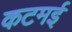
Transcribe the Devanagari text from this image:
कटमई